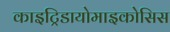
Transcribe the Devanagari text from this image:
काइट्रिडायोमाइकोसिस